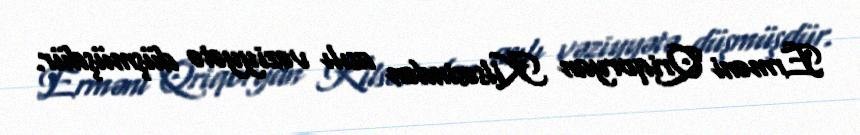
Erməni Qriqoryan Kilsəsindən asılı vəziyyətə düşmüşdür.